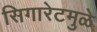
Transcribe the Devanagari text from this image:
सिगारेटमुळे